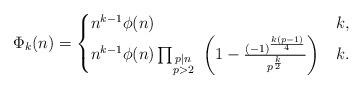
LaTeX: \begin{align*}\Phi_k(n)=\begin{cases}n^{k-1} \phi(n)& k , \\n^{k-1} \phi(n) \prod_{\substack{p|n\\p>2}}\ \left(1-\frac{(-1)^{\frac{k(p-1)}{4}}}{p^{\frac{k}{2}}}\right)& k . \end{cases}\end{align*}